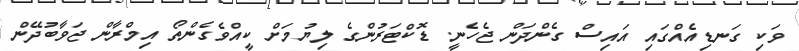
ވަކި ގަނޑިއެއްގައި އައިސް ގެންދަން ޖެހެނީ. ޑޮކްޓަރުންގެ ލިޔުމަށް ކީއްވެގެންތޯ އިމްރާން ޖަވާބުދޭން